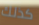
كذلك